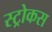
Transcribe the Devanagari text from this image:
स्ट्रोकस